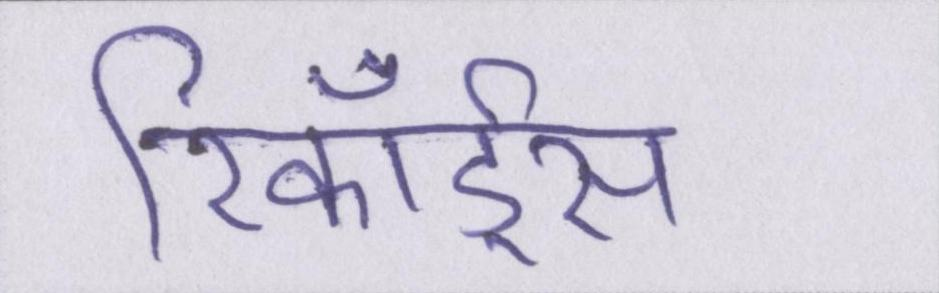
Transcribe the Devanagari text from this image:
रिकॉर्ड्स